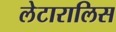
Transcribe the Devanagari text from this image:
लेटारालिस